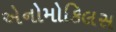
એનોમોકિલસ